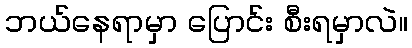
ဘယ်နေရာမှာ ပြောင်း စီးရမှာလဲ။